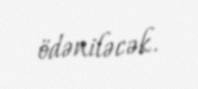
ödəniləcək.